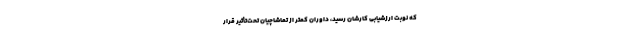
که نوبت ارزشیابی کارشان رسید، داوران کمتر از تماشاچیان تحت‌تأثیر قرار